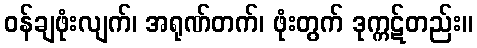
ဝန်ချဖုံးလျက်၊ အရုဏ်တက်၊ ဖုံးတွက် ဒုက္ကဋ်တည်း။